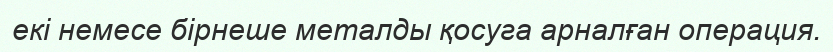
екі немесе бірнеше металды қосуга арналған операция.